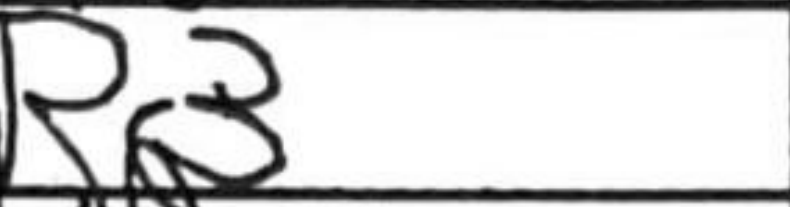
Transcription: Rc3